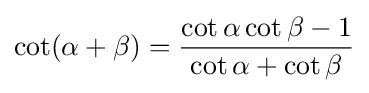
\cot(\alpha +\beta )={\frac {\cot \alpha \cot \beta -1}{\cot \alpha +\cot \beta }}